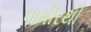
પામીરથી